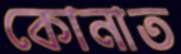
কোনাত